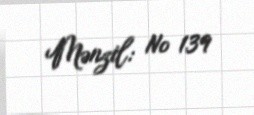
Mənzil: № 139